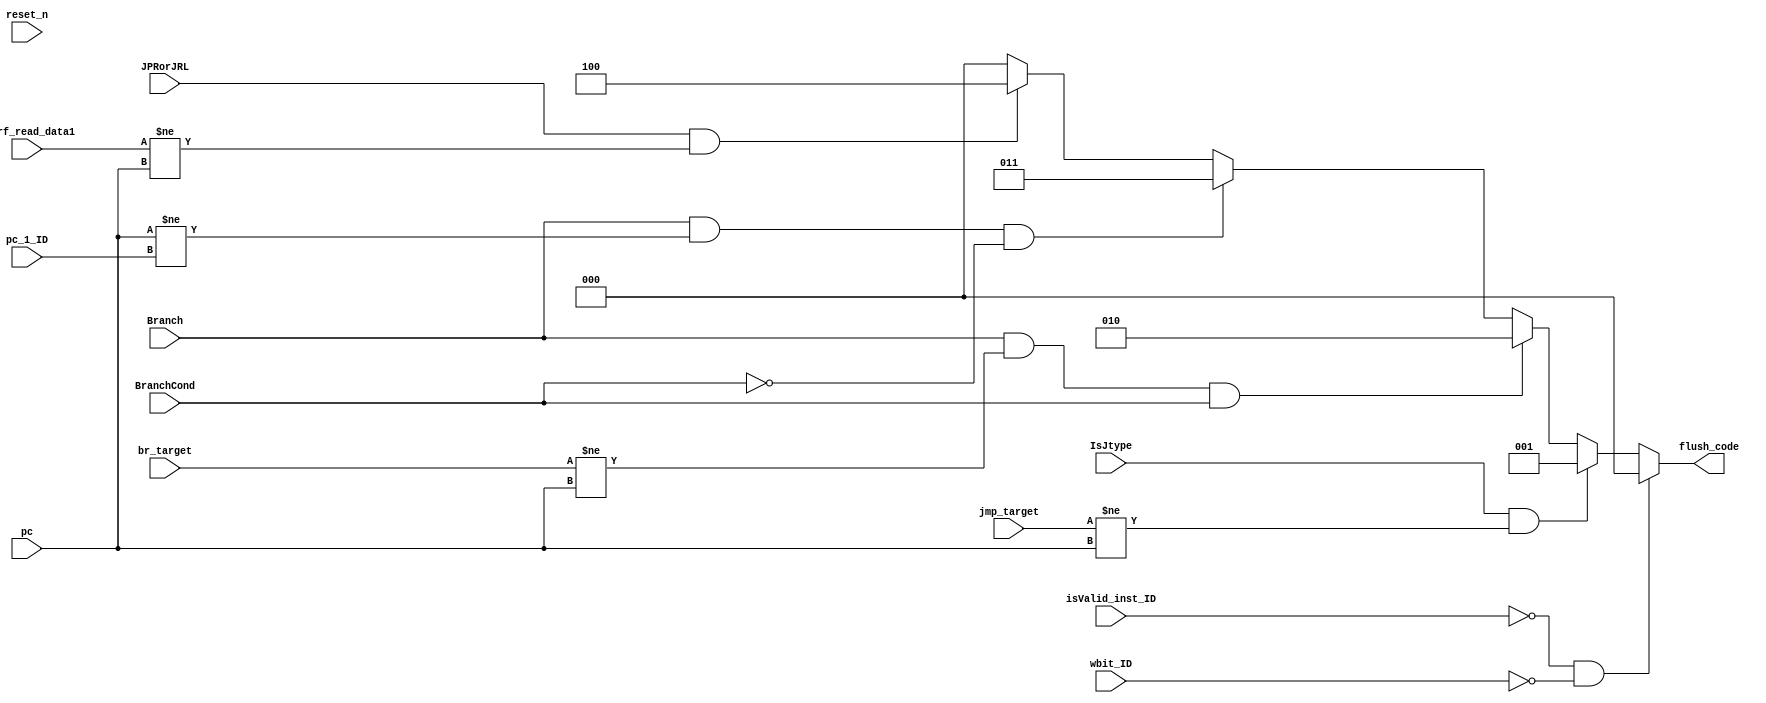
`define WORD_SIZE 16    // data and address word size

// flush code
`define FLUSH_CODE_SIZE 3
`define NICE_PRED 3'd0
`define JMP_FLUSH 3'd1
`define BR_FLUSH 3'd2
`define NBR_FLUSH 3'd3
`define JR_FLUSH 3'd4


module mispred_detector(
    input reset_n,
    input [`WORD_SIZE-1:0] jmp_target,
    input [`WORD_SIZE-1:0] pc,
    input [`WORD_SIZE-1:0] pc_1_ID,
    input IsJtype,
    input [`WORD_SIZE-1:0] BranchCond,
    input [`WORD_SIZE-1:0] br_target,
    input Branch,
    input [`WORD_SIZE-1:0] fw_rf_read_data1,
    input JPRorJRL,
    input isValid_inst_ID,
    input wbit_ID,

    output [`FLUSH_CODE_SIZE-1:0] flush_code
    // 000 : correct prediction
    // 001 : the inst is Jtype but not jumped
    // 010 : the inst is branch and condition is satisfied but not branched
    // 011 : the inst is branch and condition is not satisfied but branched
    // 100 : the inst is JPL or JPR but not jumped
);

    assign flush_code = !isValid_inst_ID && !wbit_ID ? `NICE_PRED :
                        ((IsJtype) && (jmp_target != pc)) ? `JMP_FLUSH : // the inst is Jtype but not jumped
                        ((Branch) && (br_target != pc) && (BranchCond)) ? `BR_FLUSH : // the inst is branch and condition is satisfied but not branched
                        (Branch && (pc != pc_1_ID) && (!BranchCond)) ? `NBR_FLUSH : // the inst is branch and condition is not satisfied but branched
                        (JPRorJRL && (fw_rf_read_data1 != pc)) ? `JR_FLUSH // the inst is JPR or JRL but not jumped
                        : `NICE_PRED; 


endmodule